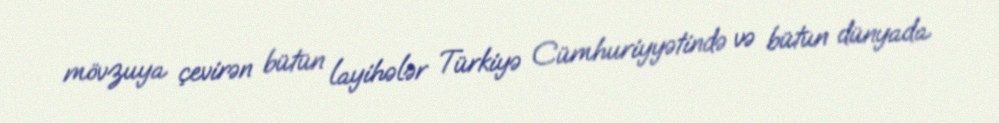
mövzuya çevirən bütün layihələr Türkiyə Cümhuriyyətində və bütün dünyada